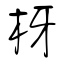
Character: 枒